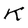
Character: K